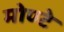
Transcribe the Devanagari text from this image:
मोण्टे